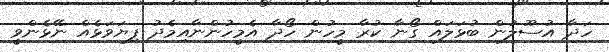
ހަދާ އުސޫލުން ބުޅަލައް ގޯނާ ކުރާ މީހުން ހޯދާ އެމީހުންނާއިމެދު ފިޔަވަޅެއް ނޭޅެންވީ